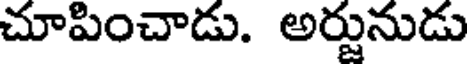
చూపించాడు. అర్జునుడు